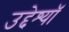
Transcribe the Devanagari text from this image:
उद्देश्यॉ